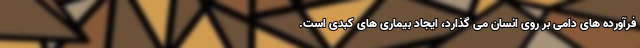
فرآورده های دامی بر روی انسان می گذارد، ایجاد بیماری های کبدی است.